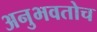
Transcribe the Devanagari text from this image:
अनुभवतोच